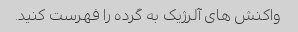
واکنش های آلرژیک به گرده را فهرست کنید.